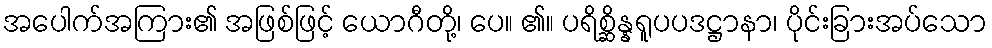
အပေါက်အကြား၏ အဖြစ်ဖြင့် ယောဂီတို့၊ ပေ။ ၏။ ပရိစ္ဆိန္နရူပပဒဋ္ဌာနာ၊ ပိုင်းခြားအပ်သော